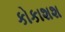
કોકાશશ